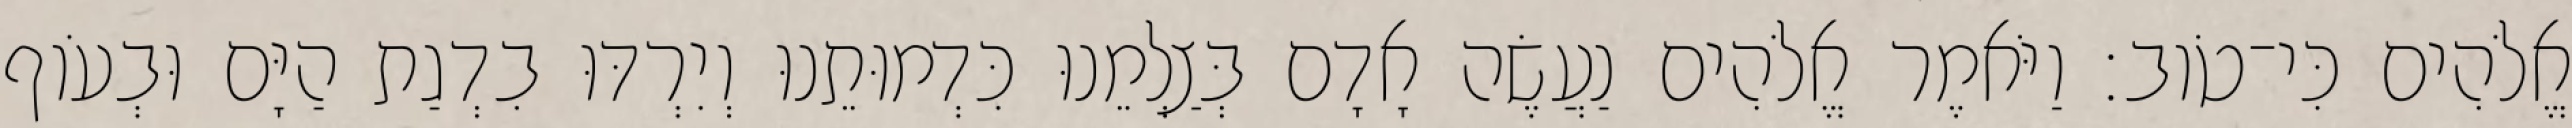
אֱלֹהִים כִּי־טֹוב׃ וַיֹּאמֶר אֱלֹהִים נַעֲשֶׂה אָדָם בְּצַלְמֵנוּ כִּדְמוּתֵנוּ וְיִרְדּוּ בִדְגַת הַיָּם וּבְעֹוף